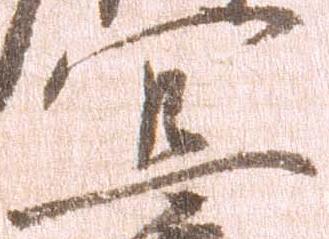
宜